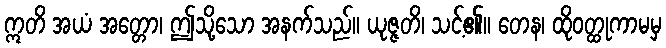
ဣတိ အယံ အတ္တော၊ ဤသို့သော အနက်သည်။ ယုဇ္ဇတိ၊ သင့်၏။ တေန၊ ထိုဝတ္ထုကာမမှ